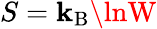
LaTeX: S=\mathbf{k}_{\mathrm{{B}}}\lnW